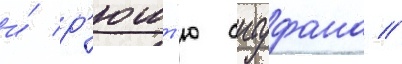
и́ р'юшт'ю аитуфана //